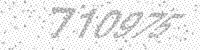
Solution: 710975